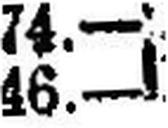
46.—